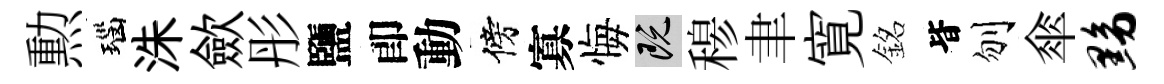
勲瑙洙歛彤鹽卽動傍寡悔既𥠇聿寛銘𣅜刎傘黝